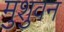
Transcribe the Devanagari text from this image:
मुशुवन